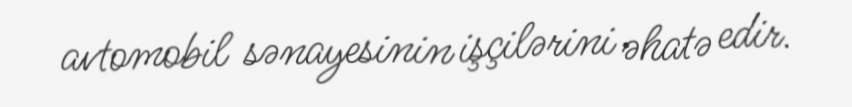
avtomobil sənayesinin işçilərini əhatə edir.